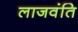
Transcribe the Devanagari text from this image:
लाजवंति